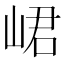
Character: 峮